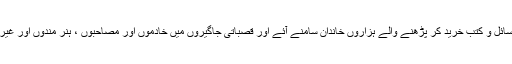
ان سرگرمیوں کی بدولت شہری تہذیبی مرکزوں میں ادبی رسائل و کتب خرید کر پڑھنے والے ہزاروں خاندان سامنے آئے اور قصباتی جاگیروں میں خادموں اور مصاحبوں ، ہنر مندوں اور غیر ملکی اتالیقوں کے دم سے جا بجا تھیڑی شوق کو فروغ ہوا۔